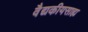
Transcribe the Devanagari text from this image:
वैद्यकीयसाह्य